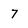
Character: 7